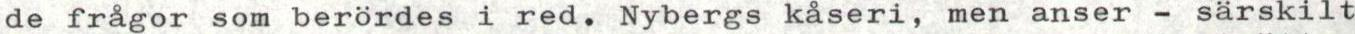
de frågor som berördes i red. Nybergs kåseri, men anser - särskilt